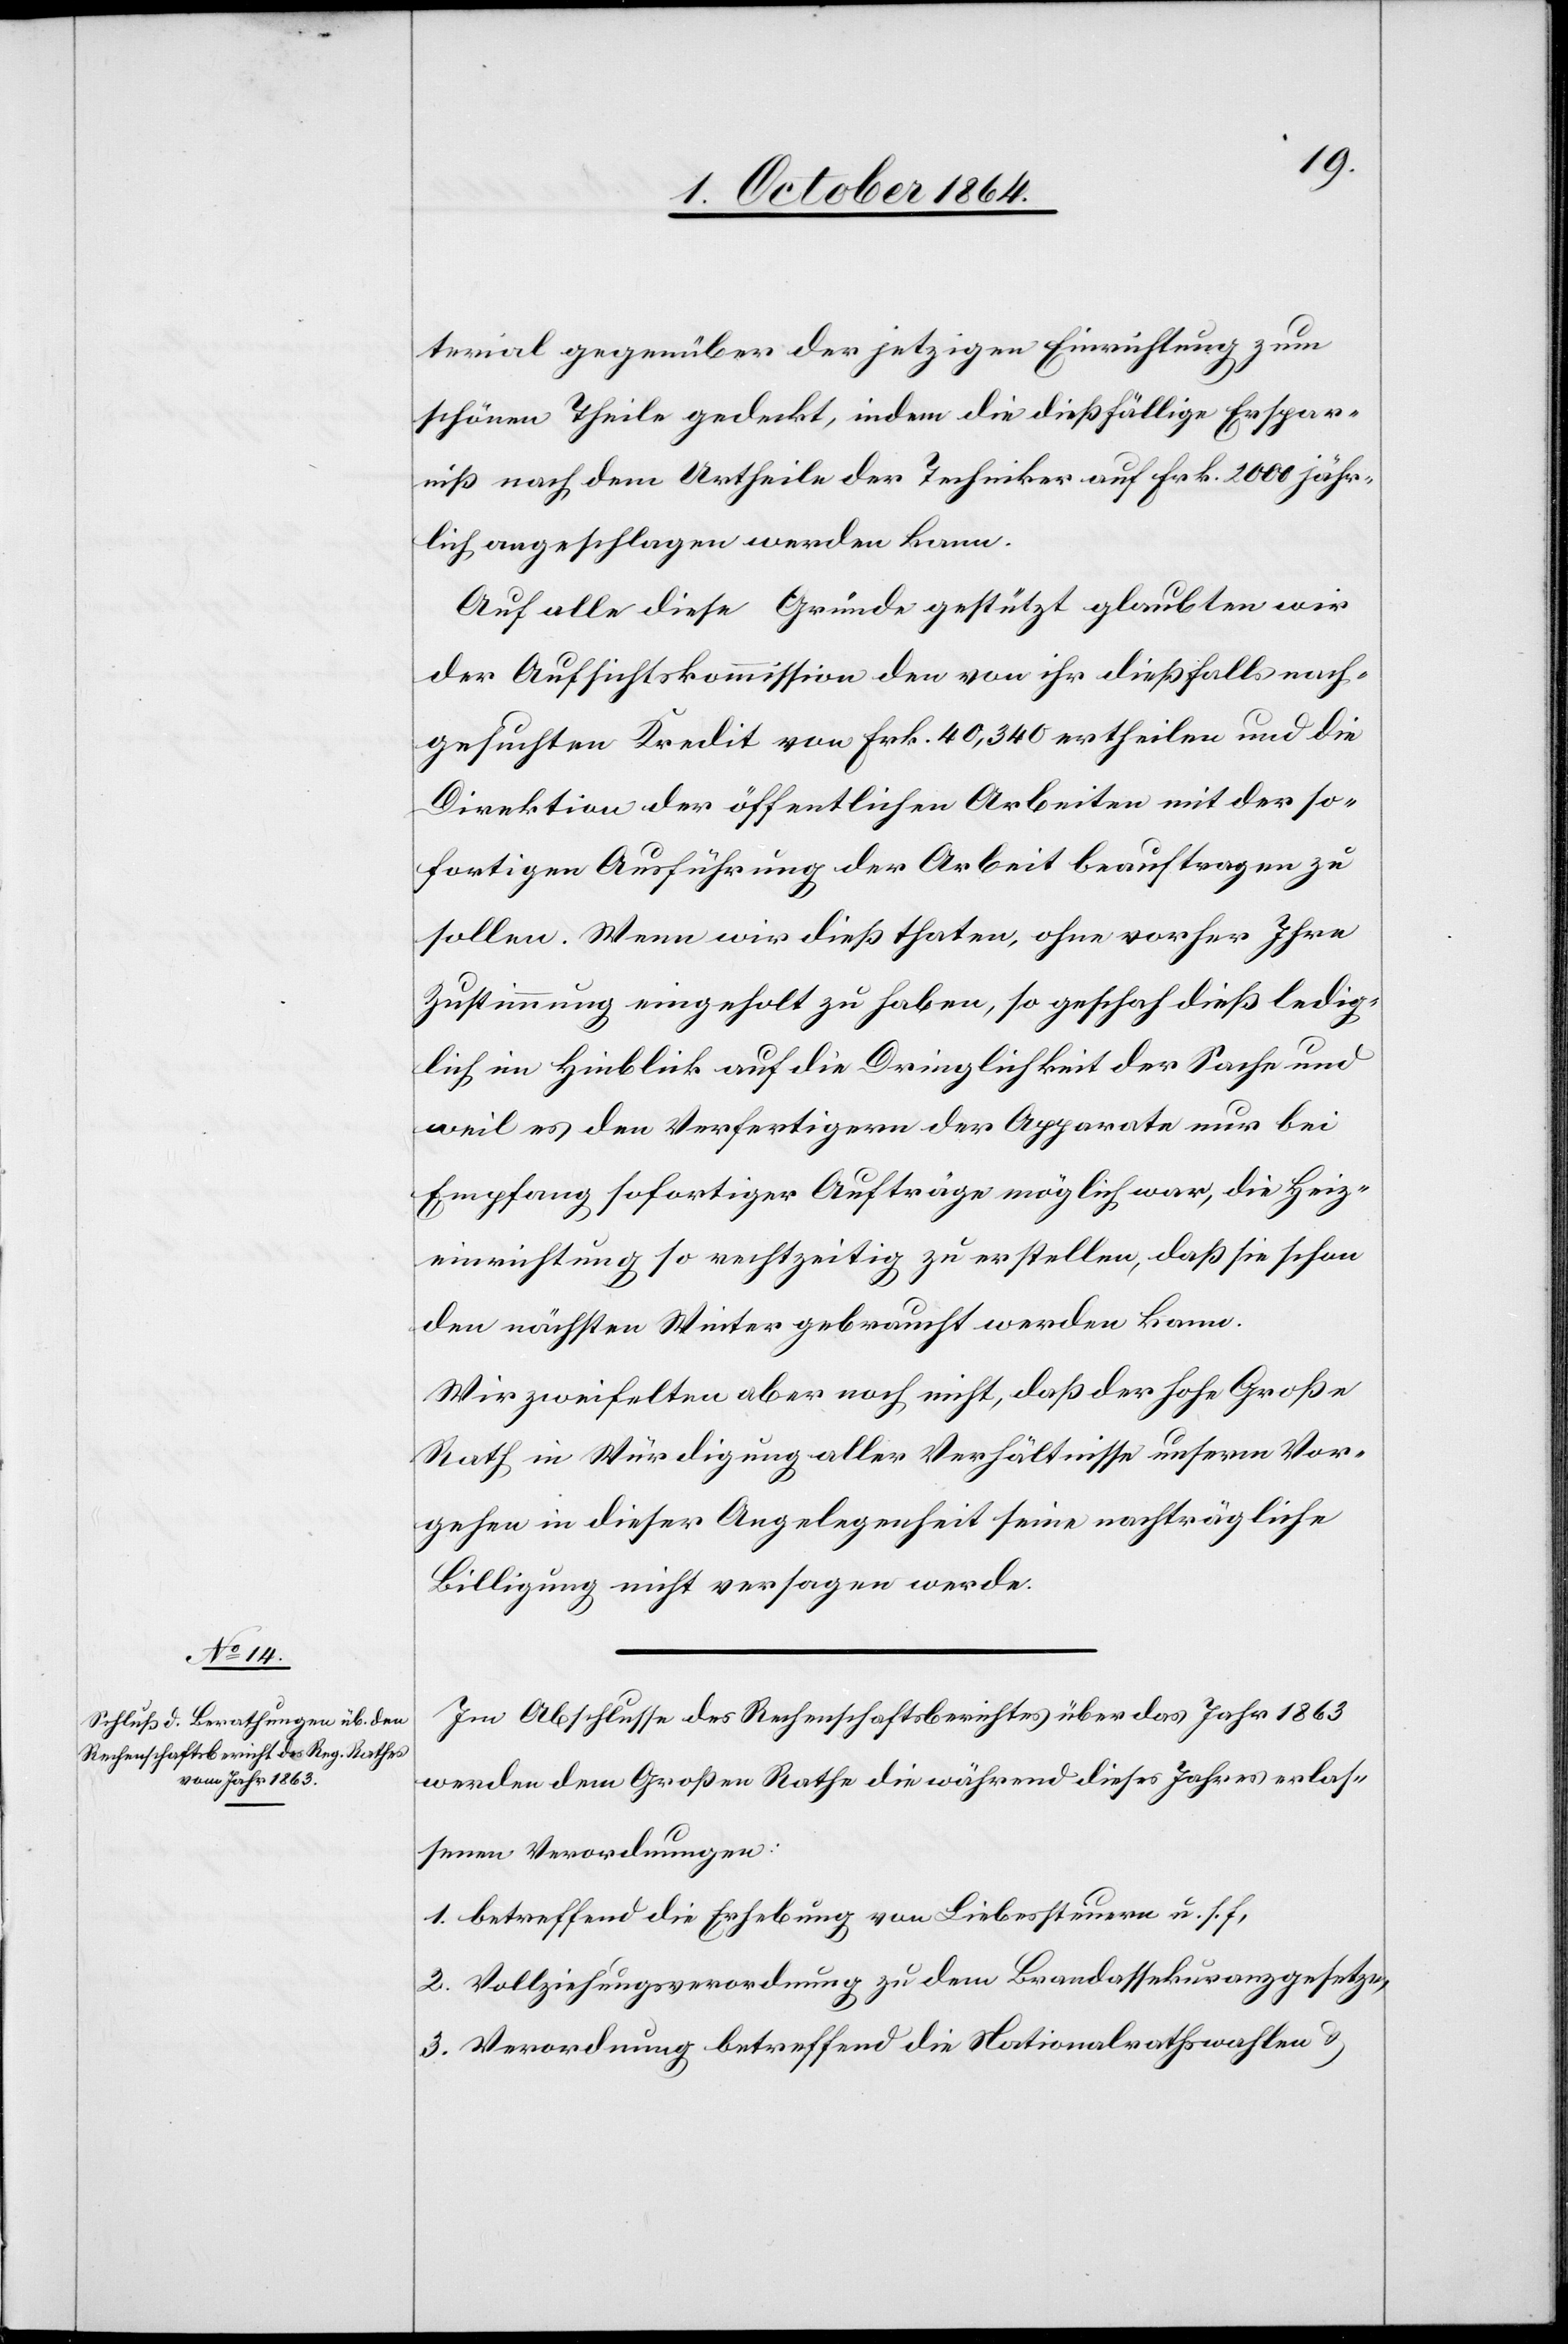
terial gegenüber der jetzigen Einrichtung zum
schönen Theile gedeckt, indem die dießfällige Ersprar¬
niß nach dem Urtheile der Techniker auf Frk. 2 000 jähr¬
lich angeschlagen werden kann.
Auf alle diese Gründe gestützt glauben wir
der Aufsichtskommission den von ihr dießfalls nach¬
gesuchten Kredit von Frk. 40,340 ertheilen und die
Direktion der öffentlichen Arbeiten mit der so¬
fortigen Ausführung der Arbeit beauftragen zu
sollen. Wenn wir dieß thaten, ohne vorher Ihre
Zustimmung eingeholt zu haben, so geschah dieß ledig¬
lich im Hinblick auf die Dringlichkeit der Sache und
weil es den Verfertigern der Apparate nur bei
Empfang sofortiger Aufträge möglich war, die Heiz¬
einrichtung so rechtzeitig zu erstellen, daß sie schon
den nächsten Winter gebraucht werden kann.
Wir zweifelten aber noch nicht, daß der hohe Große
Rath in Würdigung aller Verhältnisse unserm Vor¬
gehen in dieser Angelegenheit seine nachträgliche
Billigung nicht versagen werde.
Im Abschlusse des Rechenschaftsberichtes über das Jahr 1863
werden dem Großen Rathe die während dieses Jahres erlas¬
senen Verordnungen:
1. betreffend die Erhebung von Liebessteuern u. s. f,
2. Vollziehungsverordnung zu dem Brandassekuranzgesetze,
3. Verordnung betreffend die Nationalrathswahlen &